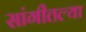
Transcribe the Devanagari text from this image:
सांगीतल्या